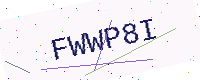
Text: FWWP8I